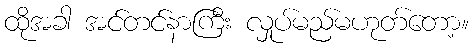
ထိုအခါ အင်တင်နာကြီး လှုပ်မည်မဟုတ်တော့။